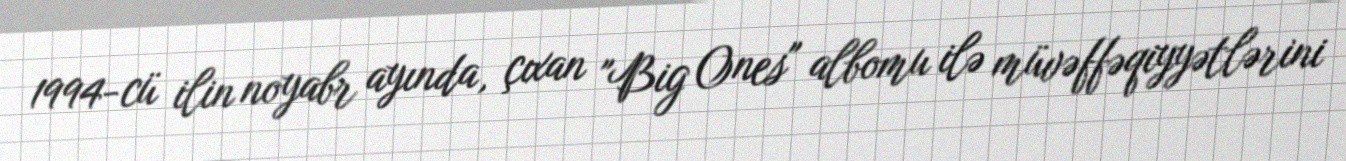
1994-cü ilin noyabr ayında, çıxan "Big Ones" albomu ilə müvəffəqiyyətlərini